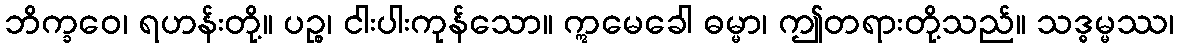
ဘိက္ခဝေ၊ ရဟန်းတို့။ ပဉ္စ၊ ငါးပါးကုန်သော။ ဣမေခေါ ဓမ္မာ၊ ဤတရားတို့သည်။ သဒ္ဓမ္မဿ၊